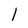
Character: 1